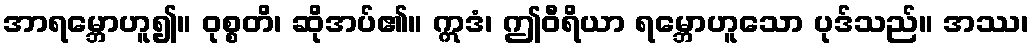
အာရမ္ဘောဟူ၍။ ဝုစ္စတိ၊ ဆိုအပ်၏။ ဣဒံ၊ ဤဝီရိယာ ရမ္ဘောဟူသော ပုဒ်သည်။ အဿ၊